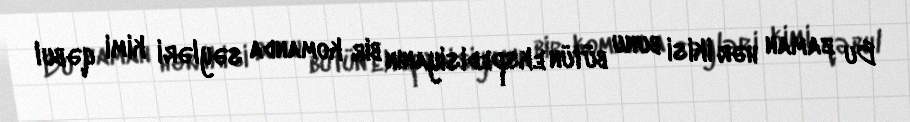
Bu zaman hər ikisi bunu bütün ekspedisiyanın bir komanda səyləri kimi qəbul